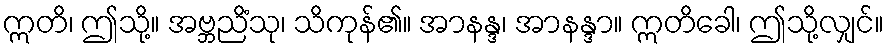
ဣတိ၊ ဤသို့။ အဗ္ဘညိံသု၊ သိကုန်၏။ အာနန္ဒ၊ အာနန္ဒာ။ ဣတိခေါ၊ ဤသို့လျှင်။